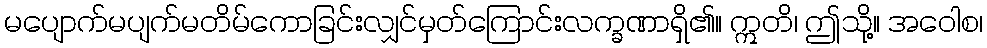
မပျောက်မပျက်မတိမ်ကောခြင်းလျှင်မှတ်ကြောင်းလက္ခဏာရှိ၏။ ဣတိ၊ ဤသို့။ အဝေါစ၊